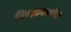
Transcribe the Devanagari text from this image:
विरहावस्थेत